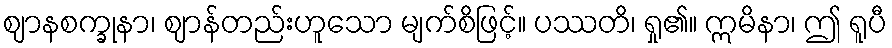
ဈာနစက္ခုနာ၊ ဈာန်တည်းဟူသော မျက်စိဖြင့်။ ပဿတိ၊ ရှု၏။ ဣမိနာ၊ ဤ ရူပီ